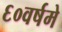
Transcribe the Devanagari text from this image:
६०वर्षमे